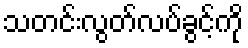
သတင်းလွတ်လပ်ခွင့်ကို